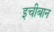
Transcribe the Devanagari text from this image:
इचीबान